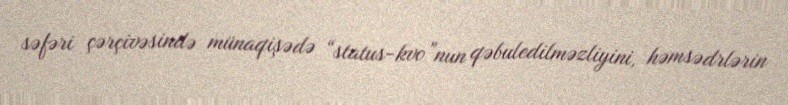
səfəri çərçivəsində münaqişədə “status-kvo”nun qəbuledilməzliyini, həmsədrlərin